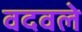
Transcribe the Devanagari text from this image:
वदवले